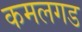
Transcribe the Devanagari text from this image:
कमलगड